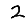
Digit: 2